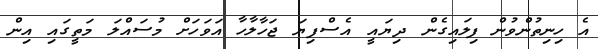
އެ ހިނިތުންވުން ފިލައިގެން ދިޔައީ އެސްފިޔަ ޖަހާލާހާ އަވަހަށް މުސައްލަ މަތީގައި އިން